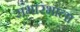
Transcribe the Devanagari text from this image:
सभारंभाला